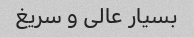
بسیار عالی و سریغ